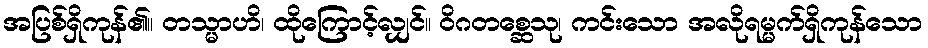
အပြစ်ရှိကုန်၏။ တသ္မာဟိ၊ ထိုကြောင့်လျှင်။ ဝိဂတစ္ဆေသု၊ ကင်းသော အလိုရမ္မက်ရှိကုန်သော